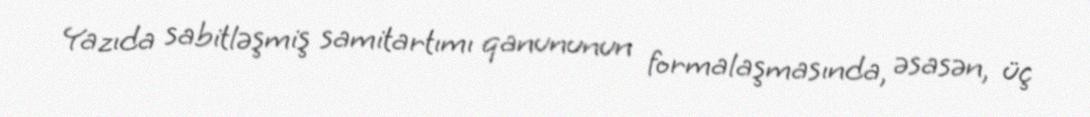
Yazıda sabitləşmiş samitartımı qanununun formalaşmasında, əsasən, üç